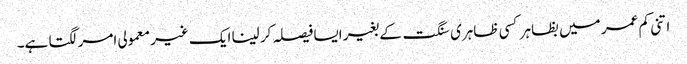
اتنی کم عمر میں بظاہر کسی ظاہری سنگت کے بغیر ایسا فیصلہ کر لینا ایک غیر معمولی امر لگتا ہے۔